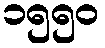
၁၅၅၀